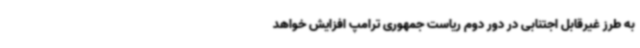
به طرز غیرقابل اجتنابی در دور دوم ریاست جمهوری ترامپ افزایش خواهد